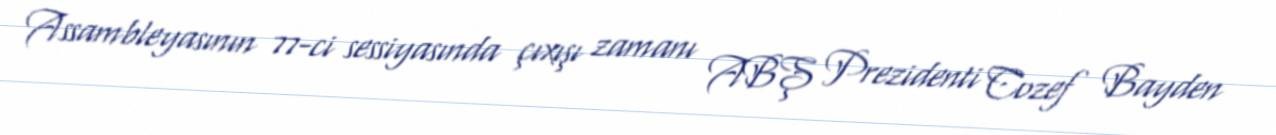
Assambleyasının 77-ci sessiyasında çıxışı zamanı ABŞ Prezidenti Cozef Bayden